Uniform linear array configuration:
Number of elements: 64
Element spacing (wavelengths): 1
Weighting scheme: binomial
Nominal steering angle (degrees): -30
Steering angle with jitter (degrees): -29.285
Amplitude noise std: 0.05
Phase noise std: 0.05

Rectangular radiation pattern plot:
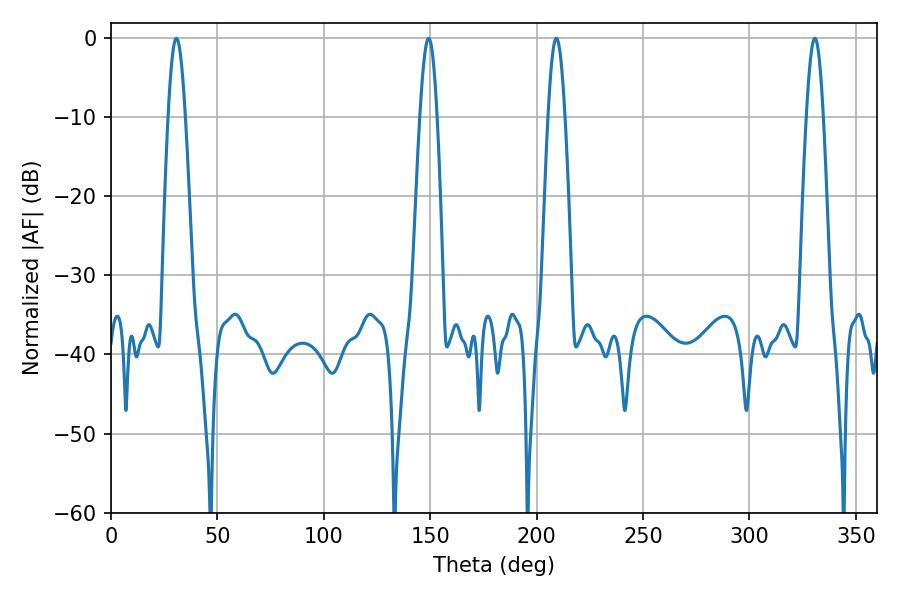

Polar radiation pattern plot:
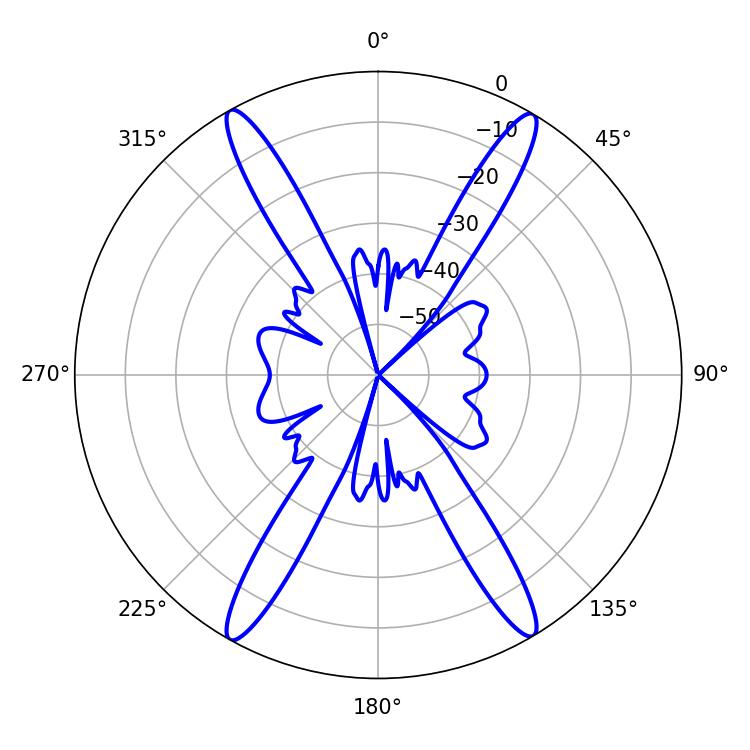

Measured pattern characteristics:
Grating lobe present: TRUE
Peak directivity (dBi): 25.997
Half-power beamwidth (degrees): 4.32
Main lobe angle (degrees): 30.78